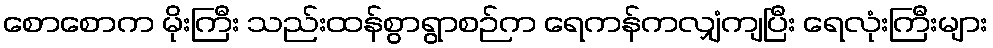
စောစောက မိုးကြီး သည်းထန်စွာရွာစဉ်က ရေကန်ကလျှံကျပြီး ရေလုံးကြီးများ